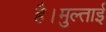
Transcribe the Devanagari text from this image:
है।मुल्ताई